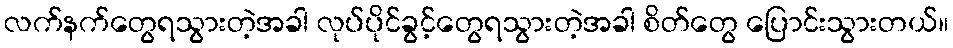
လက်နက်တွေရသွားတဲ့အခါ လုပ်ပိုင်ခွင့်တွေရသွားတဲ့အခါ စိတ်တွေ ပြောင်းသွားတယ်။